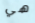
هي